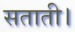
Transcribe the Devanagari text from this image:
सताती।